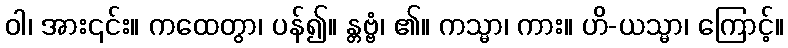
ဝါ၊ အား၎င်း။ ကထေတွာ၊ ပန်၍။ န္တဗ္ဗံ၊ ၏။ ကသ္မာ၊ ကား။ ဟိ-ယသ္မာ၊ ကြောင့်။